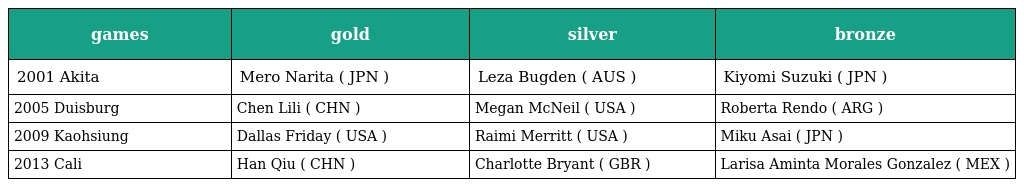
| games | gold | silver | bronze |
 | --- | --- | --- | --- |
 | 2001 Akita | Mero Narita ( JPN ) | Leza Bugden ( AUS ) | Kiyomi Suzuki ( JPN ) |
 | 2005 Duisburg | Chen Lili ( CHN ) | Megan McNeil ( USA ) | Roberta Rendo ( ARG ) |
 | 2009 Kaohsiung | Dallas Friday ( USA ) | Raimi Merritt ( USA ) | Miku Asai ( JPN ) |
 | 2013 Cali | Han Qiu ( CHN ) | Charlotte Bryant ( GBR ) | Larisa Aminta Morales Gonzalez ( MEX ) |